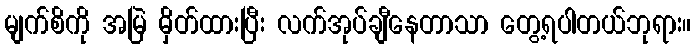
မျက်စိကို အမြဲ မှိတ်ထားပြီး လက်အုပ်ချီနေတာသာ တွေ့ရပါတယ်ဘုရား။